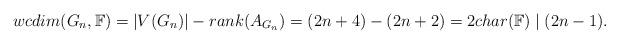
LaTeX: \begin{align*}wcdim(G_n,\mathbb{F}) = |V(G_n)| - rank(A_{G_n}) = (2n+4) - (2n+2) = 2 char(\mathbb{F}) \mid (2n-1).\end{align*}